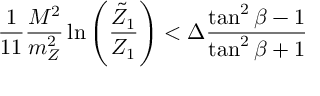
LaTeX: \frac { 1 } { 1 1 } \frac { M ^ { 2 } } { m _ { Z } ^ { 2 } } \ln \left( \frac { \tilde { Z } _ { 1 } } { Z _ { 1 } } \right) < \Delta \frac { \tan ^ { 2 } \beta - 1 } { \tan ^ { 2 } \beta + 1 }